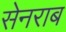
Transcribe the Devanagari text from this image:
सेनराब